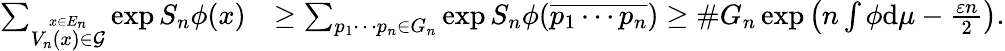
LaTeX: \begin{array}{rl}{\sum_{\stackrel{x\in E_{n}}{V_{n}(x)\in\mathcal G}}\exp S_{n}\phi(x)}&{\geq\sum_{p_{1}\cdots p_{n}\in G_{n}}\exp S_{n}\phi(\overline{{p_{1}\cdots p_{n}}})\geq\# G_{n}\exp\left(n\int\phi\mathrm{d}\mu-\frac{\varepsilon n}{2}\right).}\end{array}